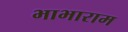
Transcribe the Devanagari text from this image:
भाभाराम